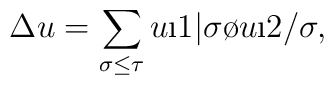
\Delta u = \sum_{\sigma\leq\tau}u\i1|\sigma \o u\i2/\sigma,